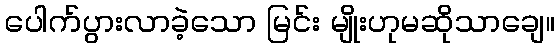
ပေါက်ပွားလာခဲ့သော မြင်း မျိုးဟုမဆိုသာချေ။